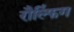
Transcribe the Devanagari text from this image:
रौल्फिंग